Civil Veterinary Dept. North-West Frontier Province 1901-22 - 1901-1922
Year: 1901
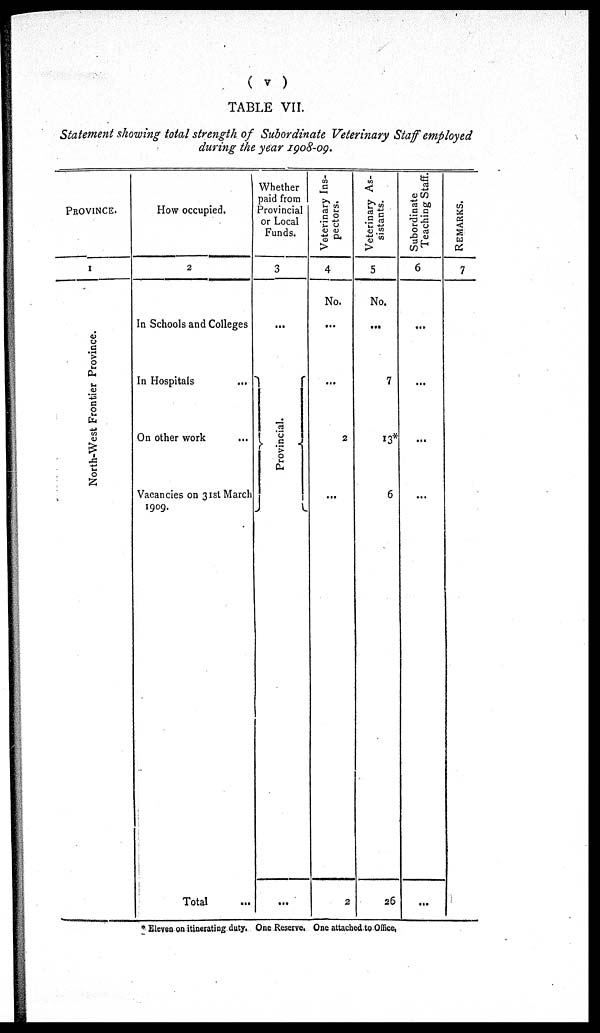
( v )
TABLE VII.
Statement showing total strength of Subordinate Veterinary Staff employed
during the year 1908-09.
PROVINCE.
1
North-West Frontier Province.
How occupied.
2
In Schools and Colleges
In Hospitals ...
On other work ...
Vacancies on 31st March
1909.
Total ...
Whether
paid from
Provincial
or Local
Funds.
3
...
Provincial.
...
Veterinary Ins¬
pectors.
4
No.
...
...
2
...
2
Veterinary As¬
sistants.
5
No.
...
7
13*
6
26
Subordinate
Teaching Staff.
6
...
...
...
...
...
REMARKS.
7
* Eleven on itinerating duty. One Reserve. One attached to Office.